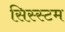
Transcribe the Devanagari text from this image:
सिस्स्टम